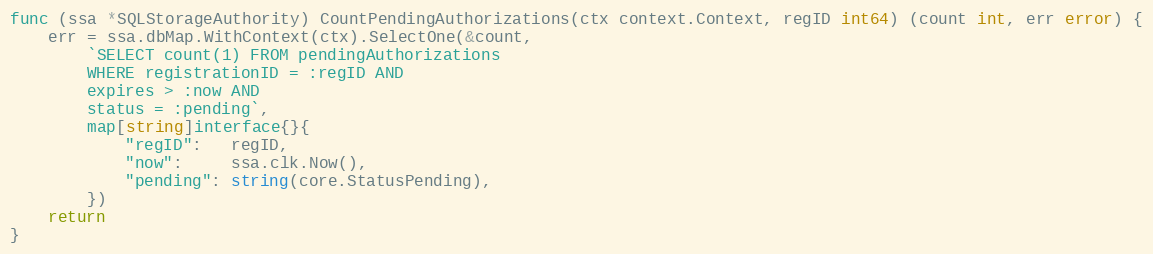
Language: Go
func (ssa *SQLStorageAuthority) CountPendingAuthorizations(ctx context.Context, regID int64) (count int, err error) {
	err = ssa.dbMap.WithContext(ctx).SelectOne(&count,
		`SELECT count(1) FROM pendingAuthorizations
		WHERE registrationID = :regID AND
		expires > :now AND
		status = :pending`,
		map[string]interface{}{
			"regID":   regID,
			"now":     ssa.clk.Now(),
			"pending": string(core.StatusPending),
		})
	return
}